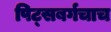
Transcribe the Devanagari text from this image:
पिट्सबर्गचाच